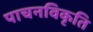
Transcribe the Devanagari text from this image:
पाचनविकृति